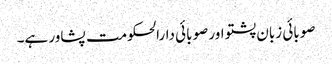
صوبائی زبان پشتو اور صوبائی دارالحکومت پشاور ہے۔